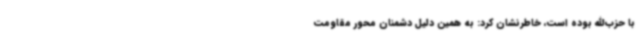
با حزب‌الله بوده است، خاطرنشان کرد: به همین دلیل دشمنان محور مقاومت